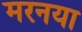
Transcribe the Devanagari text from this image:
मरनया